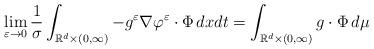
LaTeX: \begin{align*}\lim _{\varepsilon \to 0} \frac{1}{\sigma}\int _{\mathbb{R}^d \times (0,\infty)} -g^\varepsilon\nabla \varphi^\varepsilon \cdot \Phi \, dxdt = \int _{\mathbb{R}^d \times (0,\infty)} g \cdot \Phi \, d\mu\end{align*}